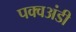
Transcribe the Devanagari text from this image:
पक्वअंडी